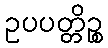
ဥပပတ္တိဉ္စ